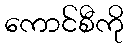
ကောင်စီကို